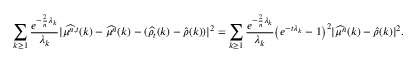
\sum _ { k \geq 1 } \frac { e ^ { - \frac { 2 } { n } \lambda _ { k } } } { \lambda _ { k } } \vert \widehat { \mu ^ { n , t } } ( k ) - \widehat { \mu ^ { n } } ( k ) - ( \widehat { \rho _ { t } } ( k ) - \widehat { \rho } ( k ) ) \vert ^ { 2 } = \sum _ { k \geq 1 } \frac { e ^ { - \frac { 2 } { n } \lambda _ { k } } } { \lambda _ { k } } \big ( e ^ { - t \lambda _ { k } } - 1 \big ) ^ { 2 } \vert \widehat { \mu ^ { n } } ( k ) - \widehat { \rho } ( k ) \vert ^ { 2 } .